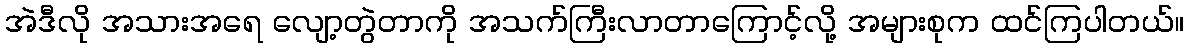
အဲဒီလို အသားအရေ လျော့တွဲတာကို အသက်ကြီးလာတာကြောင့်လို့ အများစုက ထင်ကြပါတယ်။